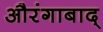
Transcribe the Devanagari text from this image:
औरंगाबाद्